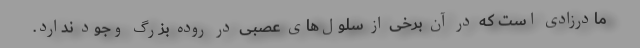
مادرزادی است که در آن برخی از سلول‌های عصبی در روده بزرگ وجود ندارد.